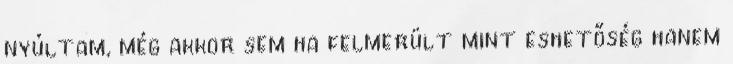
nyúltam, még akkor sem ha felmerült mint eshetőség hanem